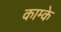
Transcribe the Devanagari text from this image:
काम्के